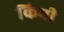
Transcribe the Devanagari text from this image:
किमी